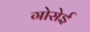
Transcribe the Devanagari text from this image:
गोसेई